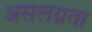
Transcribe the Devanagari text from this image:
असंलग्नता